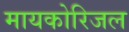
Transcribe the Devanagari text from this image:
मायकोरिजल